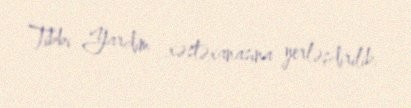
Tibbi Yardım xəstəxanasına yerləşdirilib.